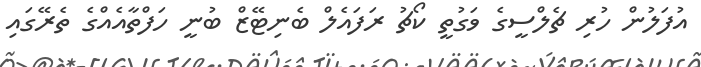
އުފަލުން ހުރި ޗެލްސީގެ ވަގުތީ ކޯޗު ރަފައެލް ބެނިޓޭޒް ބުނީ ހަފްތާއެއްގެ ތެރޭގައި